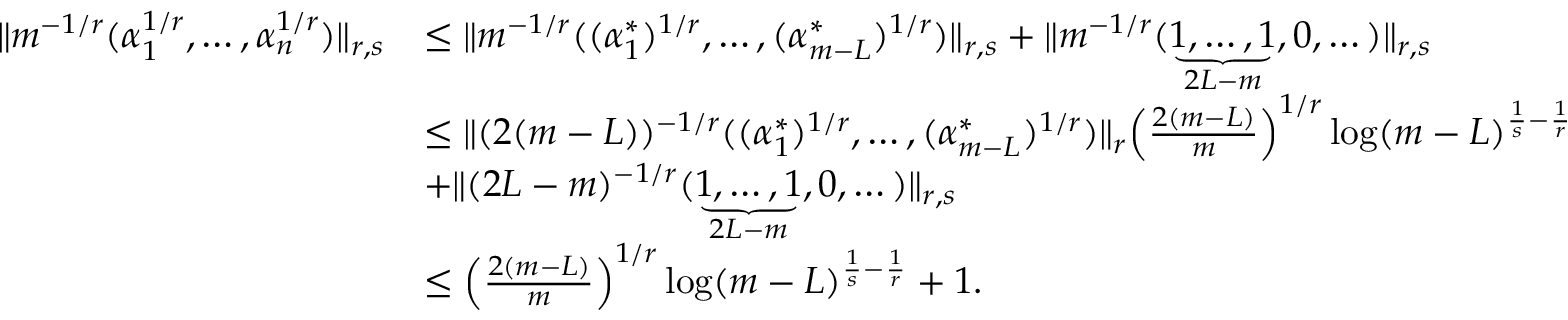
\begin{array} { r l } { \| m ^ { - 1 / r } ( \alpha _ { 1 } ^ { 1 / r } , \dots , \alpha _ { n } ^ { 1 / r } ) \| _ { r , s } } & { \le \| m ^ { - 1 / r } ( ( \alpha _ { 1 } ^ { * } ) ^ { 1 / r } , \dots , ( \alpha _ { m - L } ^ { * } ) ^ { 1 / r } ) \| _ { r , s } + \| m ^ { - 1 / r } ( \underbrace { 1 , \dots , 1 } _ { 2 L - m } , 0 , \dots ) \| _ { r , s } } \\ & { \le \| ( 2 ( m - L ) ) ^ { - 1 / r } ( ( \alpha _ { 1 } ^ { * } ) ^ { 1 / r } , \dots , ( \alpha _ { m - L } ^ { * } ) ^ { 1 / r } ) \| _ { r } \Big ( \frac { 2 ( m - L ) } { m } \Big ) ^ { 1 / r } \log ( m - L ) ^ { \frac 1 { s } - \frac 1 { r } } } \\ & { + \| ( 2 L - m ) ^ { - 1 / r } ( \underbrace { 1 , \dots , 1 } _ { 2 L - m } , 0 , \dots ) \| _ { r , s } } \\ & { \le \Big ( \frac { 2 ( m - L ) } { m } \Big ) ^ { 1 / r } \log ( m - L ) ^ { \frac 1 { s } - \frac 1 { r } } + 1 . } \end{array}